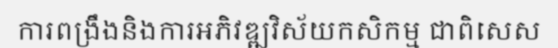
ការពង្រឹងនិងការអភិវឌ្ឍវិស័យកសិកម្ម ជាពិសេស